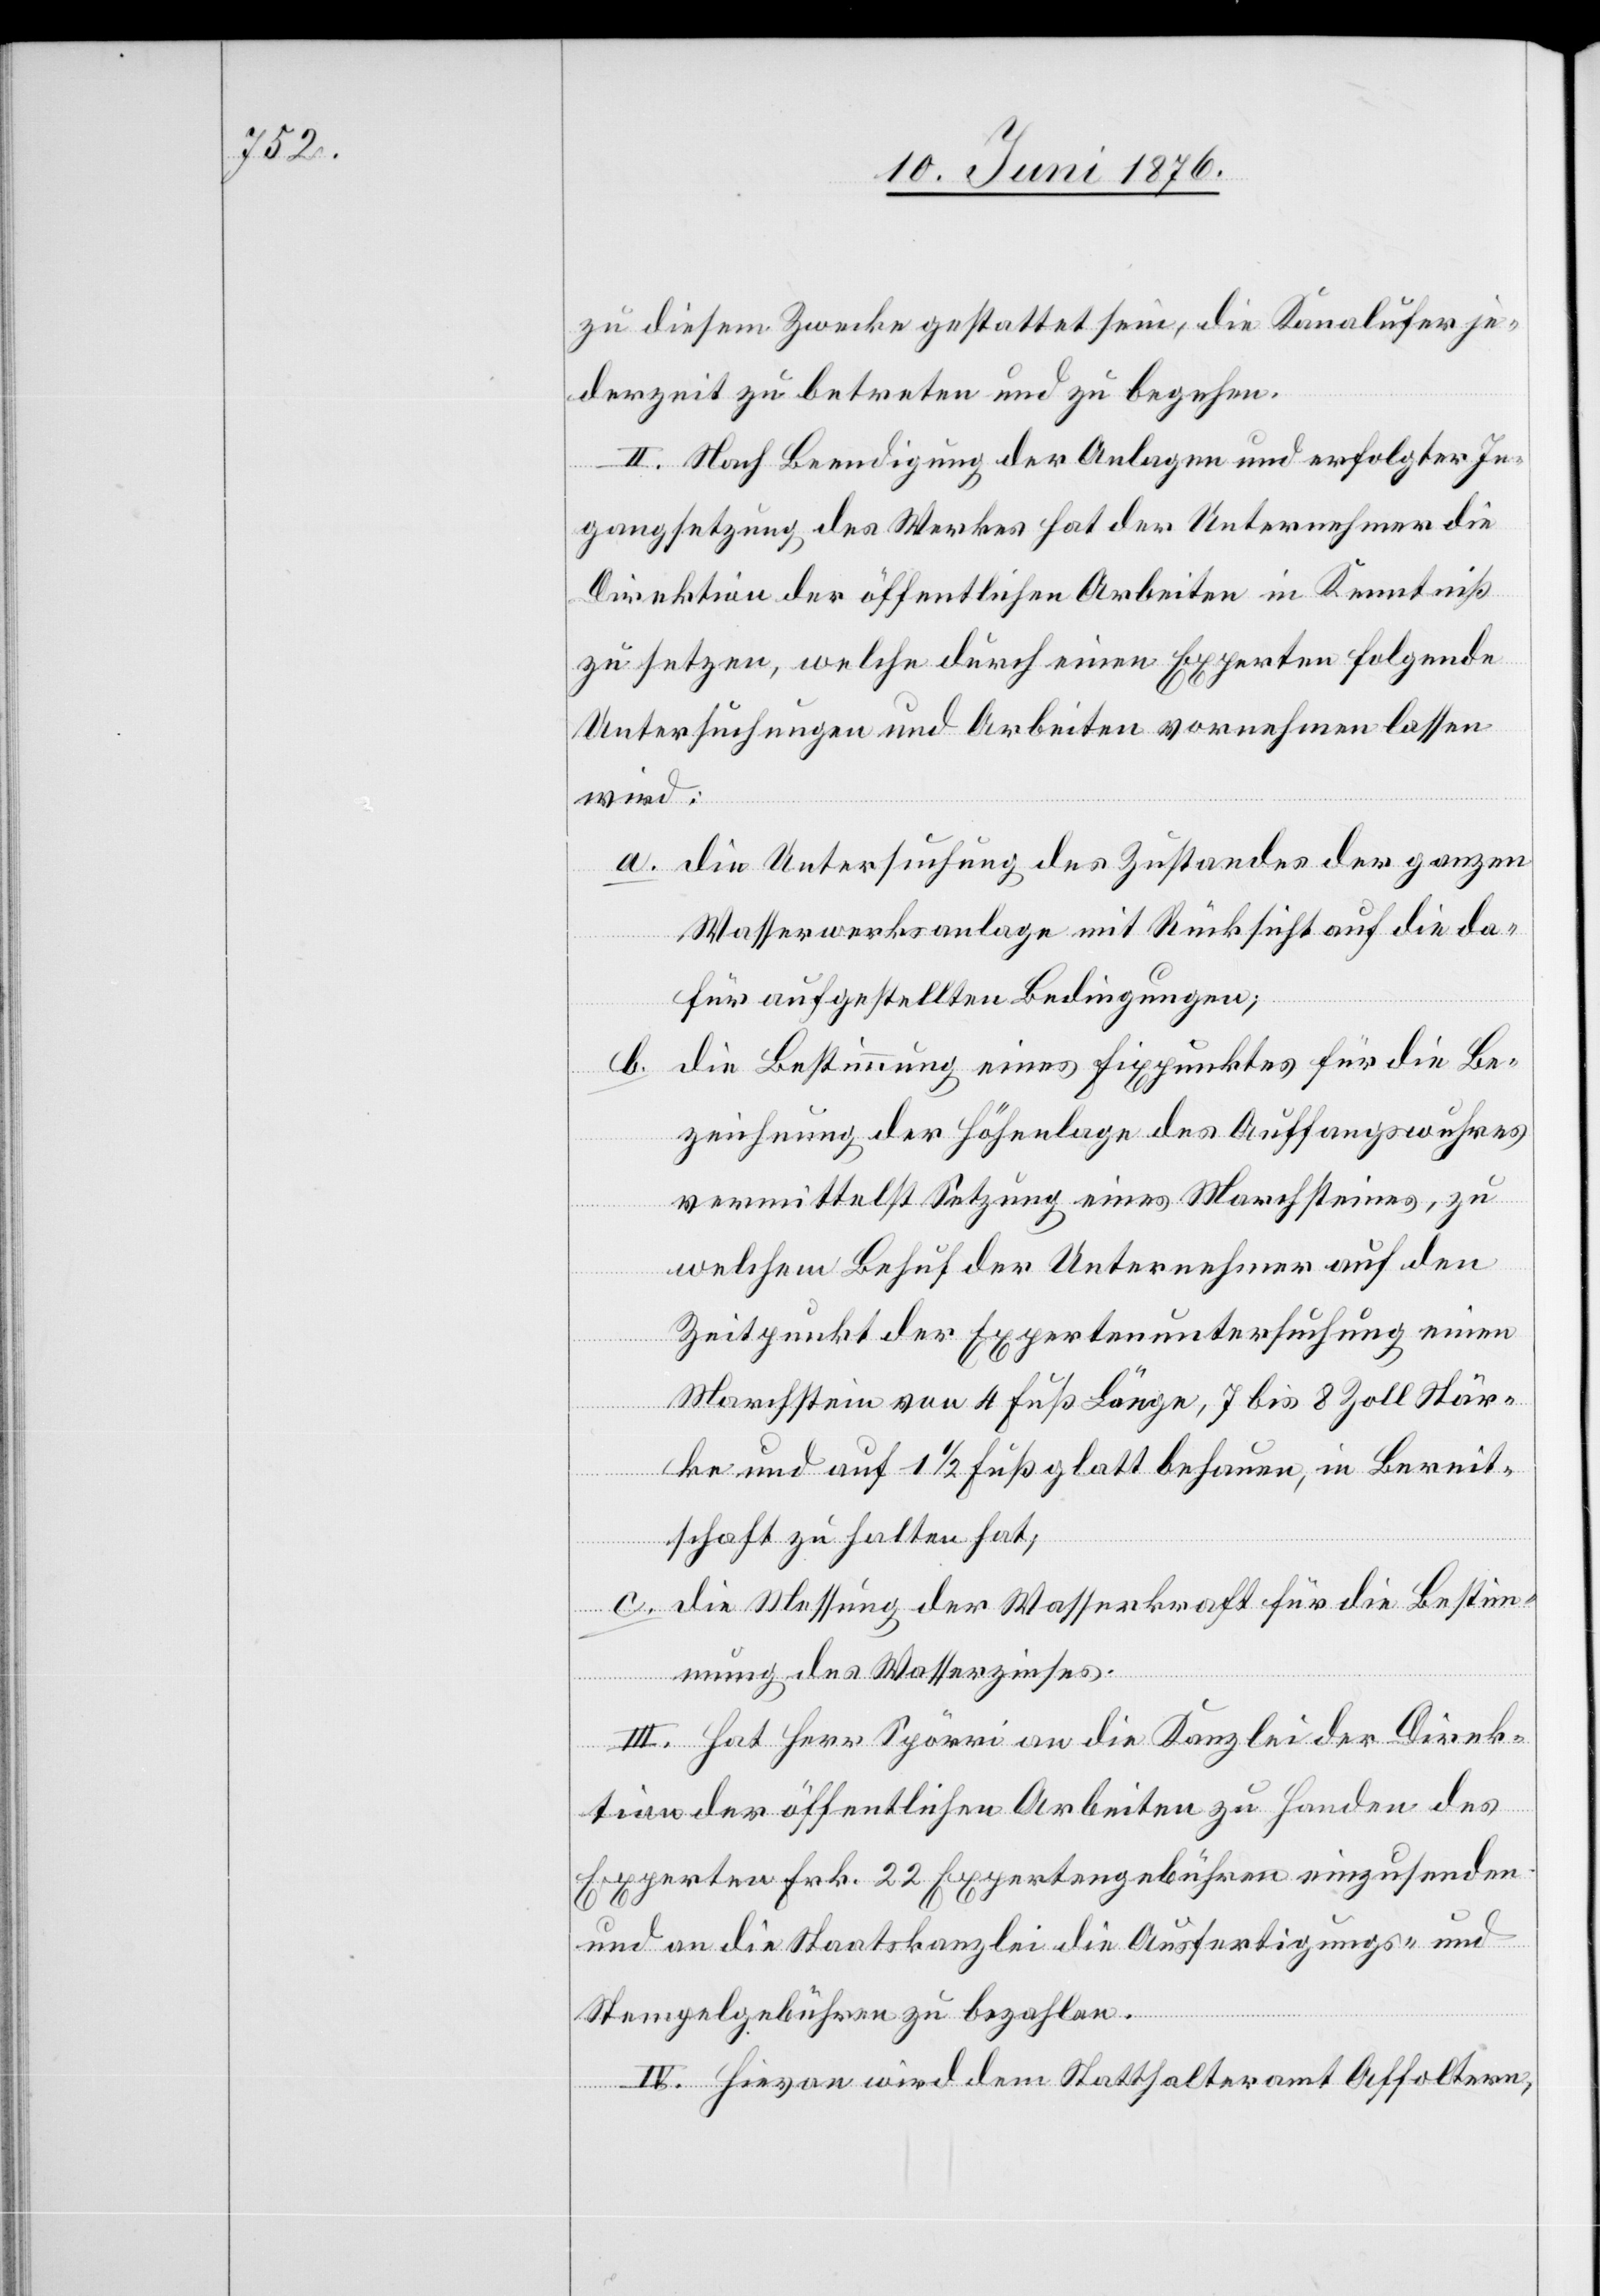
zu diesem Zwecke gestattet sein, die Kanalufer je¬
derzeit zu betreten und zu begehen.
II. Nach Beendigung der Anlagen und erfolgter In¬
gangsetzung des Werkes hat der Unternehmer die
Direktion der öffentlichen Arbeiten in Kenntniß
zu setzen, welche durch einen Experten folgende
Untersuchungen und Arbeiten vornehmen lassen
wird:
a. die Untersuchung des Zustandes der ganzen
Wasserwerksanlage mit Rücksicht auf die da¬
für aufgestellten Bedingungen.
b. die Bestimmung eines Fixpunktes für die Be¬
zeichnung der Höhenlage des Auffangswuhres
vermittelst Setzung eines Marchsteines, zu
welchem Behuf der Unternehmer auf den
Zeitpunkt der Expertenuntersuchung einen
Marchstein von 4 Fuß Länge, 7 bis 8 Zoll Stär¬
ke und auf 1 1/2 Fuß glatt behauen, in Bereit¬
schaft zu halten hat;
c. die Messung der Wasserkraft für die Bestim¬
mung des Wasserzinses.
III. Hat Herr Spörri an die Kanzlei der Direk¬
tion der öffentlichen Arbeiten zu Handen des
Experten Frk. 22 Expertengebühren einzusenden
und an die Staatskanzlei die Ausfertigungs- und
Stempelgebühren zu bezahlen.
IV. Hievon wird dem Statthalteramt Affoltern,